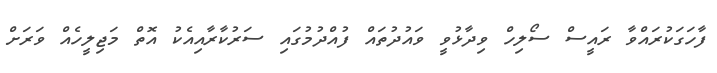
ފާހަގަކުރައްވާ ރައީސް ސޯލިހް ވިދާޅުވީ ވައުދުތައް ފުއްދުމުގައި ސަރުކާރާއިއެކު އޮތް މަޖިލީހެއް ވަރަށް